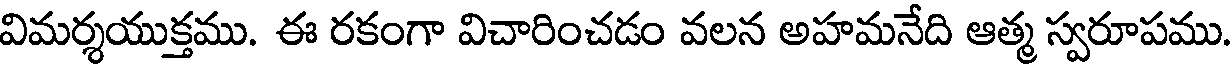
విమర్శయుక్తము. ఈ రకంగా విచారించడం వలన అహమనేది ఆత్మ స్వరూపము